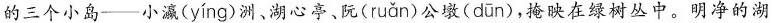
的三个小岛--小瀛( yíng )洲、湖心亭、阮( ruǎn )公墩( dūn )，掩映在绿树丛中。明净的湖